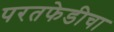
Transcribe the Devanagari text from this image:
परतफेडीचा